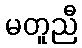
မတူညီ